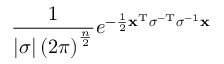
{ \frac { 1 } { \left| { \boldsymbol { \sigma } } \right| \left( 2 \pi \right) ^ { \frac { n } { 2 } } } } e ^ { - { \frac { 1 } { 2 } } \mathbf { x } ^ { \mathrm { T } } { \boldsymbol { \sigma } } ^ { - \mathrm { T } } { \boldsymbol { \sigma } } ^ { - 1 } \mathbf { x } }